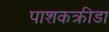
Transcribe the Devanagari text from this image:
पाशकक्रीडा